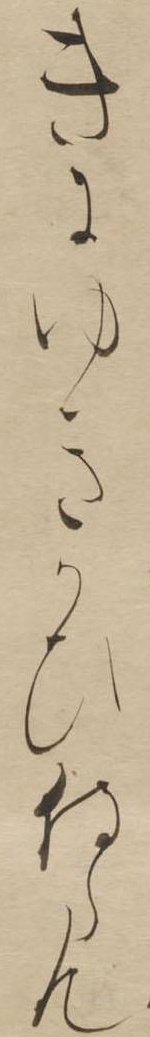
きにゆきかひ侍らん